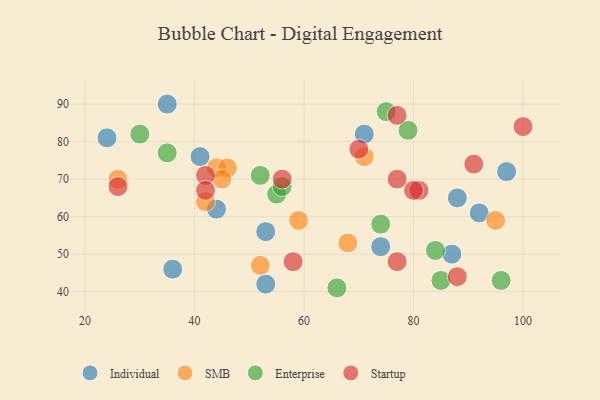
{"axis": {"x": "GDP", "y": "Life Expectancy"}, "legend": ["Enterprise", "Individual", "SMB", "Startup"], "data": [{"x": "35", "y": 90, "type": "Individual"}, {"x": "92", "y": 61, "type": "Individual"}, {"x": "97", "y": 72, "type": "Individual"}, {"x": "53", "y": 56, "type": "Individual"}, {"x": "53", "y": 42, "type": "Individual"}, {"x": "36", "y": 46, "type": "Individual"}, {"x": "44", "y": 62, "type": "Individual"}, {"x": "24", "y": 81, "type": "Individual"}, {"x": "71", "y": 82, "type": "Individual"}, {"x": "87", "y": 50, "type": "Individual"}, {"x": "88", "y": 65, "type": "Individual"}, {"x": "41", "y": 76, "type": "Individual"}, {"x": "74", "y": 52, "type": "Individual"}, {"x": "68", "y": 53, "type": "SMB"}, {"x": "71", "y": 76, "type": "SMB"}, {"x": "52", "y": 47, "type": "SMB"}, {"x": "42", "y": 64, "type": "SMB"}, {"x": "95", "y": 59, "type": "SMB"}, {"x": "44", "y": 73, "type": "SMB"}, {"x": "26", "y": 70, "type": "SMB"}, {"x": "46", "y": 73, "type": "SMB"}, {"x": "45", "y": 70, "type": "SMB"}, {"x": "59", "y": 59, "type": "SMB"}, {"x": "55", "y": 66, "type": "Enterprise"}, {"x": "35", "y": 77, "type": "Enterprise"}, {"x": "30", "y": 82, "type": "Enterprise"}, {"x": "56", "y": 68, "type": "Enterprise"}, {"x": "84", "y": 51, "type": "Enterprise"}, {"x": "85", "y": 43, "type": "Enterprise"}, {"x": "74", "y": 58, "type": "Enterprise"}, {"x": "66", "y": 41, "type": "Enterprise"}, {"x": "75", "y": 88, "type": "Enterprise"}, {"x": "79", "y": 83, "type": "Enterprise"}, {"x": "96", "y": 43, "type": "Enterprise"}, {"x": "52", "y": 71, "type": "Enterprise"}, {"x": "58", "y": 48, "type": "Startup"}, {"x": "81", "y": 67, "type": "Startup"}, {"x": "80", "y": 67, "type": "Startup"}, {"x": "42", "y": 71, "type": "Startup"}, {"x": "26", "y": 68, "type": "Startup"}, {"x": "56", "y": 70, "type": "Startup"}, {"x": "88", "y": 44, "type": "Startup"}, {"x": "77", "y": 70, "type": "Startup"}, {"x": "100", "y": 84, "type": "Startup"}, {"x": "77", "y": 48, "type": "Startup"}, {"x": "77", "y": 87, "type": "Startup"}, {"x": "70", "y": 78, "type": "Startup"}, {"x": "91", "y": 74, "type": "Startup"}, {"x": "42", "y": 67, "type": "Startup"}]}